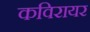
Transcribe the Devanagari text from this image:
कविरायर